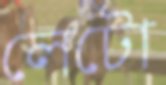
লেটো